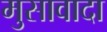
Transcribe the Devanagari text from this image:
मुसावादा